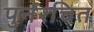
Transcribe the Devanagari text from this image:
पुर्नरचित